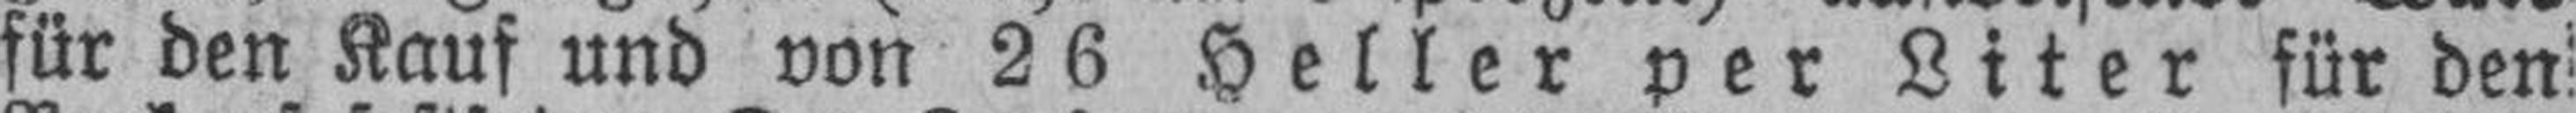
für den Kauf und von 26 Heller per Liter für den